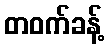
တဝက်ခန့်